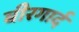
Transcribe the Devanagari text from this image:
बीरगार्द